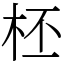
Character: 柸